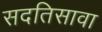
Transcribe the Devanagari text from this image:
सदतिसावा